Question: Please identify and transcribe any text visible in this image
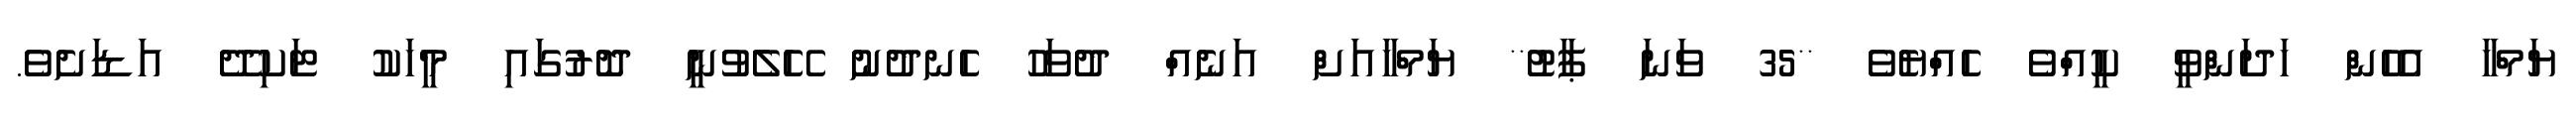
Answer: ޔަމްހާ އެހެން ހަދަންވީ ކީއްވެ ހެއްޔެވެ **35 ވަނަ ޕާޓު** ޔަމްހާއަށް އަނެއް ދުވަހު ހެނދުނު ހޭލެވުނީ ދޮރުގައި މީހަކު ޓަކިދޭ އަޑަށެވެ.